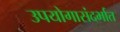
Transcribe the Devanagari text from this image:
उपयोगासंदर्भात